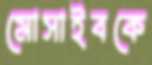
মোসাইবকে